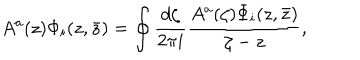
LaTeX: A ^ { a } ( z ) \Phi _ { i } ( z , \bar { z } ) = \oint { \frac { d \zeta } { 2 \pi i } } { \frac { A ^ { a } ( \zeta ) \Phi _ { i } ( z , \bar { z } ) } { \zeta - z } } ,